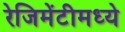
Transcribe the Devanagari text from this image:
रेजिमेंटीमध्ये